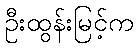
ဦးထွန်းမြင့်က